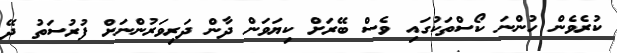
ކުރެވެން ހުންނަ ކޯސްތަކުގައި ވެސް ބޭރަށް ކިޔަވަން ދާން ދަރިވަރުންނަށް ފުރުސަތު ދޭ